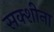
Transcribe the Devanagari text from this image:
सक्शीना